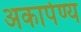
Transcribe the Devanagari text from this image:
अकार्पण्य